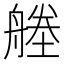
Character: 𦩱